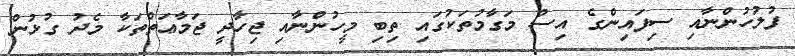
ފުލުހުންނާއި ސިފައިންގެ އިސް މަގާމުތަކުގައި ތިބި މީހުންނާއި ޖިހާދީ ޖަމާޢަތްތަކާ މެދު ގުޅުން